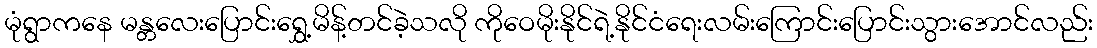
မုံရွာကနေ မန္တလေးပြောင်းရွှေ့မိန့်တင်ခဲ့သလို ကိုဝေမိုးနိုင်ရဲ့နိုင်ငံရေးလမ်းကြောင်းပြောင်းသွားအောင်လည်း